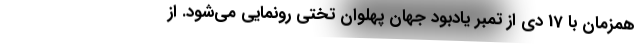
همزمان با 17 دی از تمبر یادبود جهان پهلوان تختی رونمایی می‌شود. از